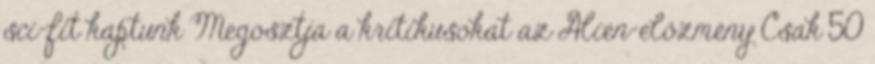
sci-fit kaptunk Megosztja a kritikusokat az Alien-előzmény Csak 50